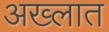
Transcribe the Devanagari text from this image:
अख्लात